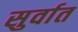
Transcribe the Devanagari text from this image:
सुर्वात